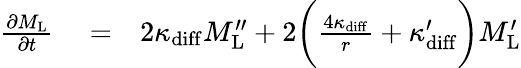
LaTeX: \begin{array}{rlr}{\frac{\partial M_{\mathrm{L}}}{\partial t}}&{{}=}&{2\kappa_{\mathrm{diff}}M_{\mathrm{L}}^{\prime\prime}+2\bigg(\frac{4\kappa_{\mathrm{diff}}}{r}+\kappa_{\mathrm{diff}}^{\prime}\bigg)M_{\mathrm{L}}^{\prime}}\end{array}